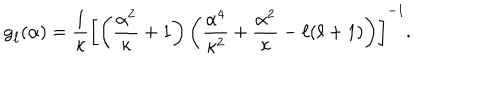
{ \sf g } _ { \ell } ( { \alpha } ) = \frac { 1 } { \kappa } \left[ \left( { \frac { \alpha ^ { 2 } } { \kappa } + 1 } \right) \left( \frac { \alpha ^ { 4 } } { \kappa ^ { 2 } } + \frac { \alpha ^ { 2 } } { \kappa } - { \ell } ( { \ell } + 1 ) \right) \right] ^ { - 1 } .